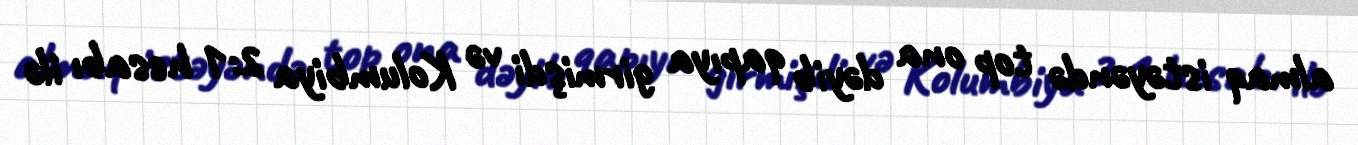
almaq istəyəndə top ona dəyib qapıya girmişdi və Kolumbiya 2:1 hesabı ilə